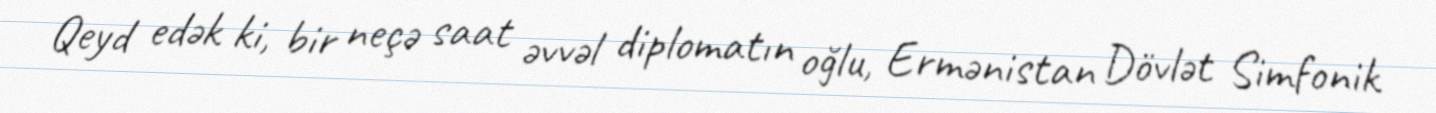
Qeyd edək ki, bir neçə saat əvvəl diplomatın oğlu, Ermənistan Dövlət Simfonik